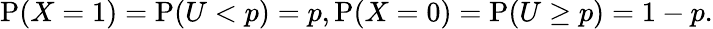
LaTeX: {\textrm{P}}(X=1)={\textrm{P}}(U<p)=p,{\textrm{P}}(X=0)={\textrm{P}}(U\geq p)=1-p.